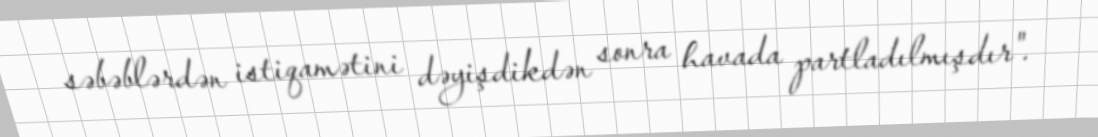
səbəblərdən istiqamətini dəyişdikdən sonra havada partladılmışdır".